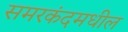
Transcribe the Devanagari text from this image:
समरकंदमधील